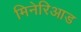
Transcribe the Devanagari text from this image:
मिनेरिआड